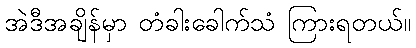
အဲဒီအချိန်မှာ တံခါးခေါက်သံ ကြားရတယ်။